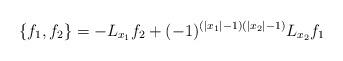
LaTeX: \begin{align*}\{f_1,f_2\}=-L_{x_{1}}f_2 +(-1)^{(|x_1|-1)(|x_2|-1)}L_{x_{2}}f_1\end{align*}